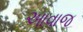
આવાજ